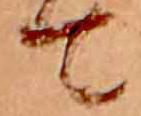
て